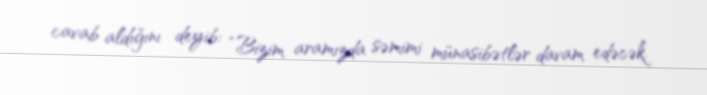
cavab aldığını deyib: “Bizim aramızda səmimi münasibətlər davam edəcək.